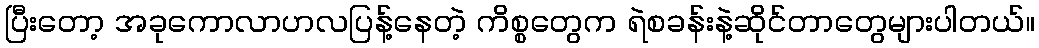
ပြီးတော့ အခုကောလာဟလပြန့်နေတဲ့ ကိစ္စတွေက ရဲစခန်းနဲ့ဆိုင်တာတွေများပါတယ်။